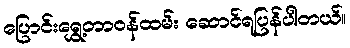
ပြောင်းရွှေ့တာဝန်ထမ်း ဆောင်ရပြန်ပါတယ်။